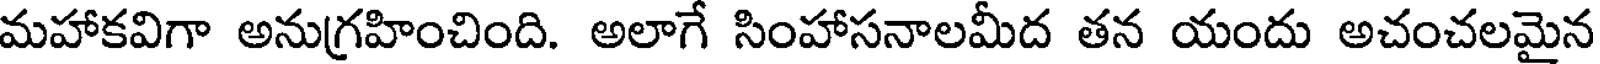
మహాకవిగా అనుగ్రహించింది. అలాగే సింహాసనాలమీద తన యందు అచంచలమైన